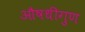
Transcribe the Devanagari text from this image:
औषधीगुण